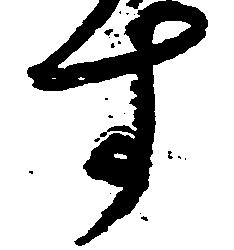
す